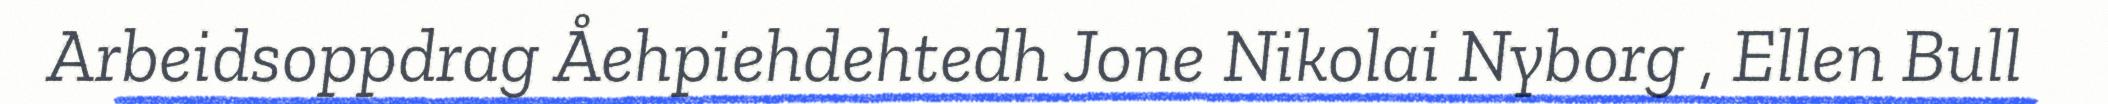
Arbeidsoppdrag Åehpiehdehtedh Jone Nikolai Nyborg , Ellen Bull